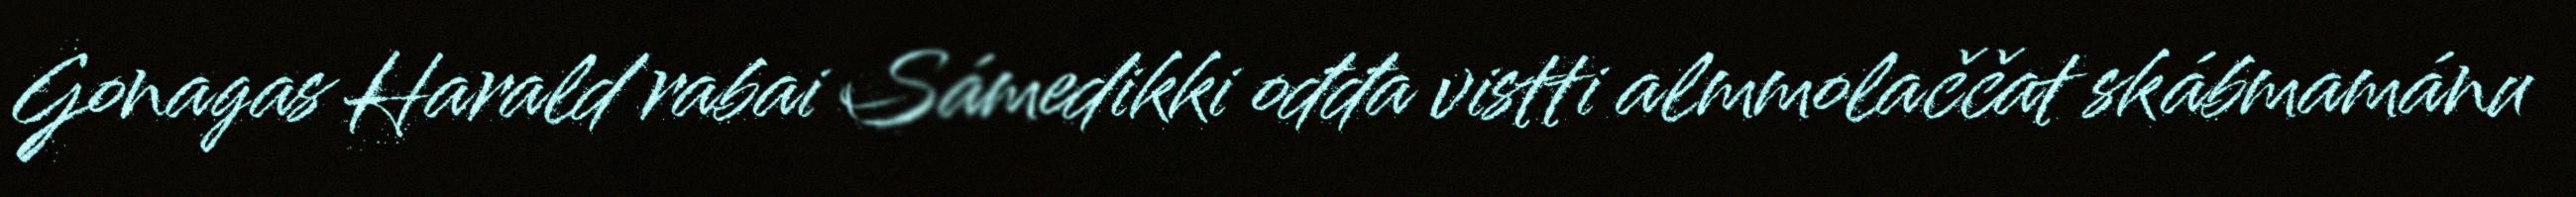
Gonagas Harald rabai Sámedikki ođđa vistti almmolaččat skábmamánu